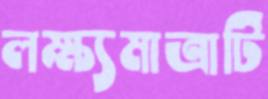
লক্ষ্যমাত্রাটি